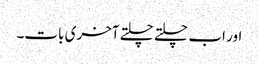
اور اب چلتے چلتے آخری بات۔